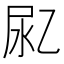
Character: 𰍴